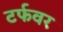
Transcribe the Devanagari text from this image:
टर्फवर